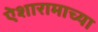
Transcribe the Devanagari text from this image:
ऐशारामाच्या